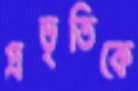
প্রভৃতিকে